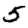
Digit: 5